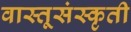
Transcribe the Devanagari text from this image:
वास्तूसंस्कृती